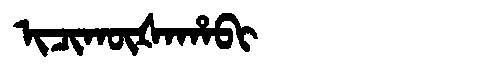
Manchu: ᡳᠴᡳᡴᡡᡧᠠᡥᠠᠪᡳ
Romanization: ICIKŪŠAHABI